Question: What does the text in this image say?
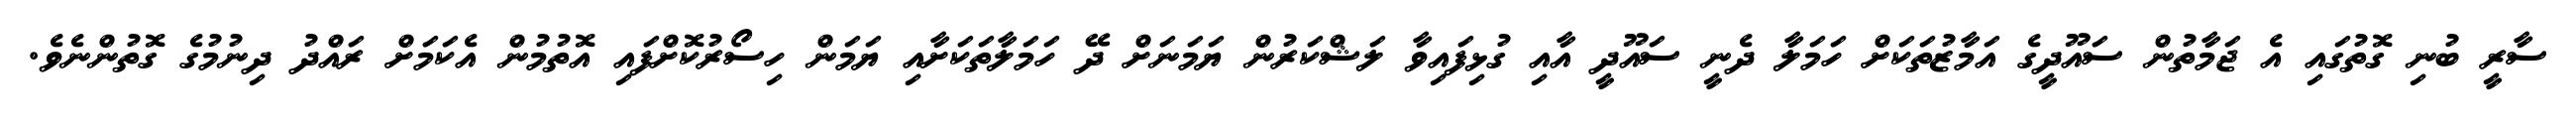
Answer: ސާރީ ބުނި ގޮތުގައި އެ ޖަމާތުން ސައޫދީގެ އަމާޒުތަކަށް ހަމަލާ ދެނީ ސައޫދީ އާއި ގުޅިފައިވާ ލަޝްކަރުން ޔަމަނަށް ދޭ ހަމަލާތަކަށާއި ޔަމަން ހިސޯރުކޮށްފައި އޮތުމުން އެކަމަށް ރައްދު ދިނުމުގެ ގޮތުންނެވެ.